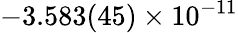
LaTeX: -3.583(45)\times 10^{-11}